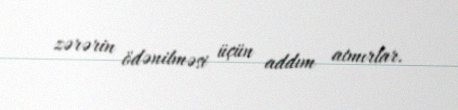
zərərin ödənilməsi üçün addım atmırlar.